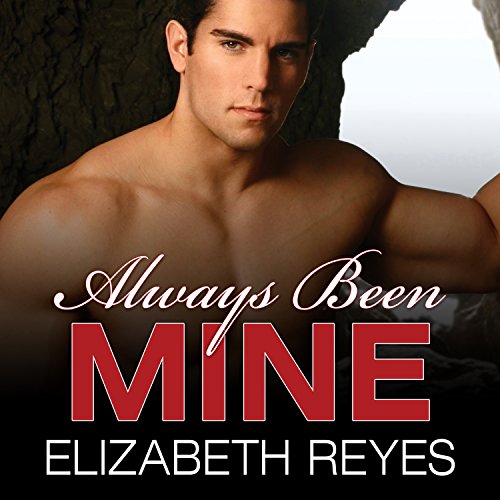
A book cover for Always Been Mine: Moreno Brothers, Book 2; Elizabeth Reyes; Romance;